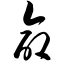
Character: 命